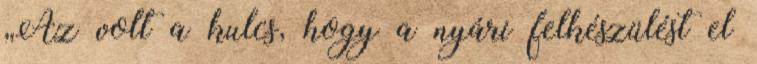
„Az volt a kulcs, hogy a nyári felkészülést el